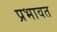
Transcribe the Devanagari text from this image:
प्रभावत